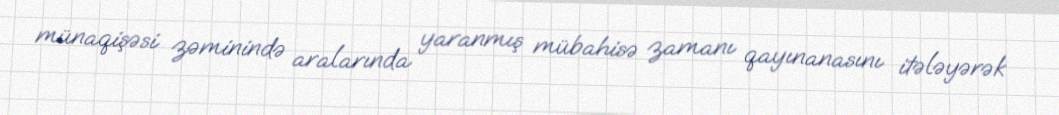
münaqişəsi zəminində aralarında yaranmış mübahisə zamanı qayınanasını itələyərək